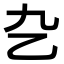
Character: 㐇